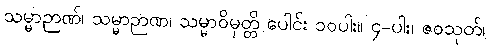
သမ္မာဉာဏ်၊ သမ္မာဉာဏ၊ သမ္မာဝိမုတ္တိ ပေါင်း ၁၀ပါး။ ၄-ပါး၊ ဇဝသုတ်၊